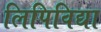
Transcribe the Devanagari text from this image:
लिपिविद्या